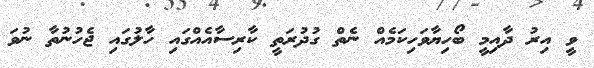
ވީ އިރު ދާއިމީ ބޯހިޔާވަހިކަމެއް ނެތް ގުދުރަތީ ކާރިސާއެއްގައި ހާލުގައި ޖެހުނުތާ ނުވަ